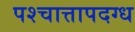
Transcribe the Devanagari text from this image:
पश्चात्तापदग्ध